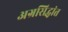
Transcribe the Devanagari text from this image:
अग्रसिद्धांत